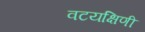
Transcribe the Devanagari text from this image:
वटयक्षिणी